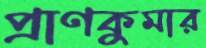
প্রাণকুমার